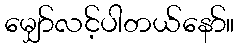
မျှော်လင့်ပါတယ်နော်။